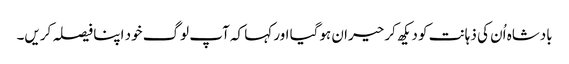
بادشاہ اُن کی ذہانت کو دیکھ کر حیران ہوگیا اور کہا کہ آپ لوگ خود اپنا فیصلہ کریں۔